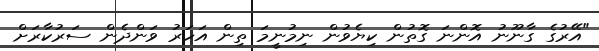
"އޭރުގެ ގާނޫނު އޮންނަ ގޮތުން ކިޔެވުން ނިމުނީމަ ތިން އަހަރު ވަންދެން ސަރުކާރަށް